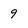
Character: 9